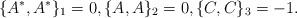
LaTeX: \begin{gather*}\{A^\ast,A^\ast\}_1=0 ,\{A,A\}_2=0 ,\{C,C\}_3=-1 .\end{gather*}